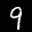
Label: 9